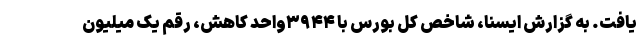
یافت. به گزارش ایسنا، شاخص کل بورس با ۳۹۴۴واحد کاهش، رقم یک میلیون